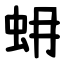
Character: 蚦